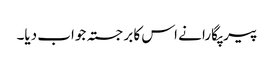
پیر پگارا نے اس کا برجستہ جواب دیا۔